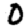
Digit: 0